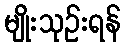
မျိုးသုဉ်းရန်